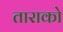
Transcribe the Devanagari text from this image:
ताराको